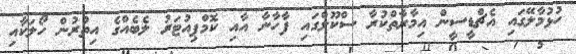
ހުޅުމާލޭގައި އެޗްޑީސީން އިމާރާތްކުރާ ސްކޫލްގައި ފާހާނާ އާއި ކޮމްޕިއުޓަރު ލެބެއްގެ އިތުރުން ހޯލަކާއި